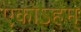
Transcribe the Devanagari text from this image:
एकोऽहम्